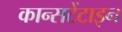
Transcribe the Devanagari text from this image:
कान्सटेंटाइन